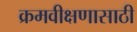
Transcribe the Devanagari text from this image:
क्रमवीक्षणासाठी